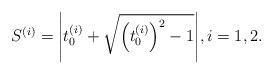
LaTeX: \begin{align*} S^{(i)}=\Bigg|t_0^{(i)} + \sqrt{\left(t_0^{(i)}\right)^2-1}\Bigg|, i=1,2.\end{align*}